Lunatic asylums United Prov. 1922-30 - 1922-1930
Year: 1922
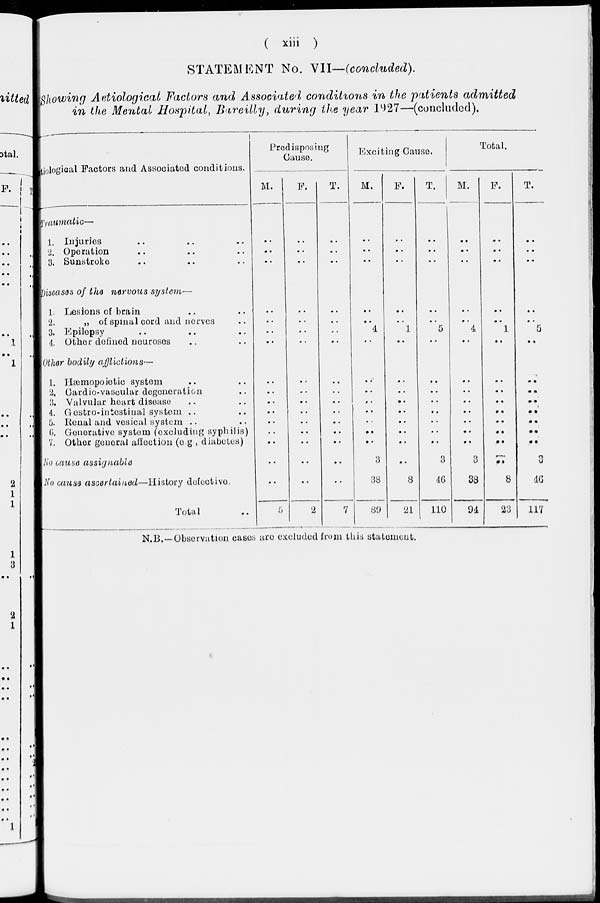
( xiii )
STATEMENT No. VII—(concluded).
Showing Aetiological Factors and Associated conditions in the patients admitted
in the Mental Hospital, Bareilly, during the year 1927—(concluded).
tiologioal Factors and Associated conditions.
Traumatic—
1. Injuries .. .. ..
2. Operation .. .. ..
3. Sunstroke .. .. ..
Diseases of the nervous System—
1. Lesions of brain .. ..
2.
„ of spinal cord and ncrves ..
3. Epilopsy .. .. ..
4. Other defìned neuroses .. ..
Other bodily afflictions—
1. Hæmopoietic system .. ..
2. Cardio-vaseular degeneration ..
3. Valvular heart disease .. ..
4. Gestro-intestinal system .. ..
5. Renal and vesical system .. ..
6. Generative system (excluding syphilis)
7. Other general affection (e.g , diabetes)
No cause assignable
No cause ascertained—History
defective.
Total ..
Predisposing
Cause.
M.
F.
T.
Exciting Cause.
M.
F.
T.
Total.
M.
F.
T.
..
..
..
..
..
..
..
..
..
..
..
..
..
..
..
..
..
..
..
..
..
..
..
..
..
..
..
..
..
..
..
..
..
..
..
..
..
..
..
..
..
4
..
..
..
1
..
..
..
5
..
..
..
4
..
..
..
1
..
..
..
5
..
..
..
..
..
..
..
..
..
..
5
..
..
..
..
..
..
..
..
..
2
..
..
..
..
..
..
..
..
..
7
..
..
..
..
..
..
..
3
38
89
..
..
..
..
..
..
..
..
8
21
..
..
..
..
..
..
..
3
46
110
..
..
..
..
..
..
..
3
38
94
..
..
..
..
..
..
..
..
8
23
..
..
..
..
..
..
..
3
46
117
N.B.—Observation cases are excluded from this statement.